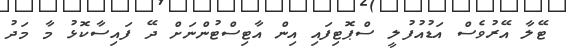
ޓޭލާ އޭރުވެސް އަޑުއުފުލީ ސްޕޮޓިފައި އިން އާޓިސްޓުންނަށް ދޭ ފައިސާކޮޅު މާ މަދު